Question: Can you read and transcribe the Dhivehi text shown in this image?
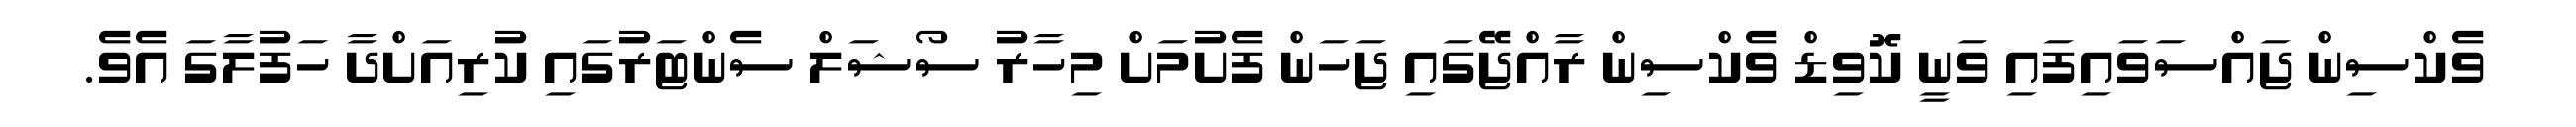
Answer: ވެކްސިން ޖައްސަވައިފައި ވަނީ ކޮވިޑް ވެކްސިން ރާއްޖޭގައި ޖަހަން ފެށުމަށް މިހާރު ސޯޝަލް ސެންޓަރުގައި ކުރިއަށްދާ ހަފުލާގަ އެވެ.